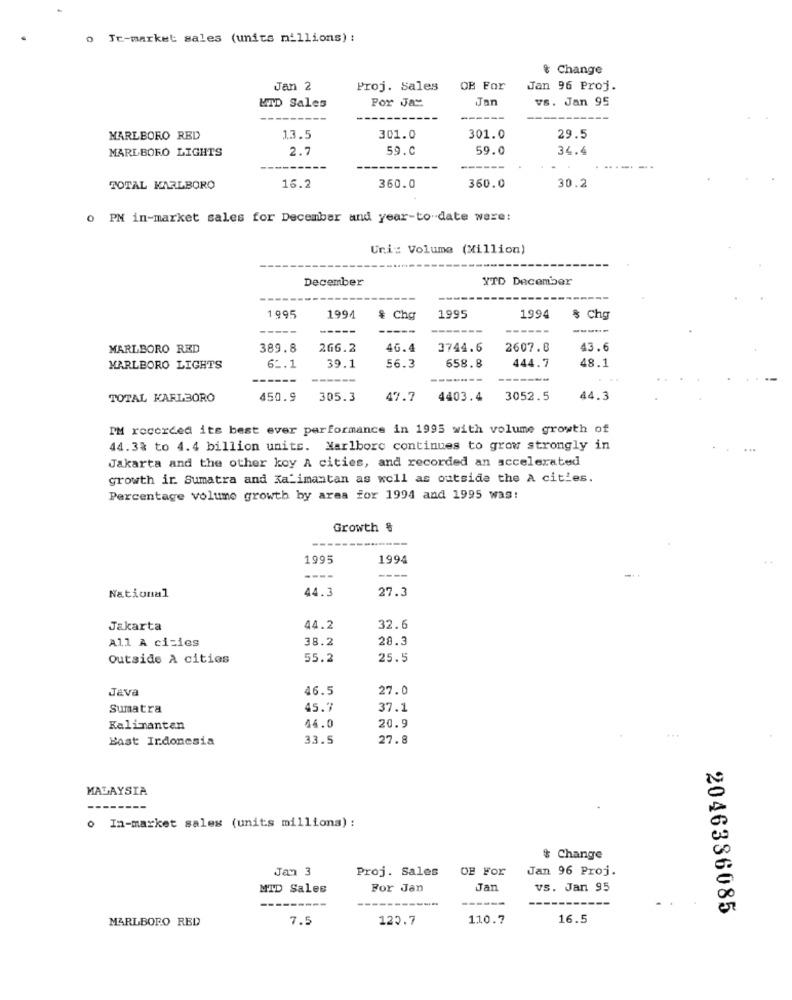
0
Je-market sales (units millions) :
& Change
Jan 2
Proj. Sales
OB For
Jan 96 Proj.
Jan
vs. Jan 95
MID Sales
Por Jar
----
MARLBORO RED
13.5
301.0
301.0
29.5
MARLBORO LIGHTS
2.7
59.C
59.0
34.4
.....
360.0
30.2
TOTAL KARLBORO
16.2
360.0
0 PM in-market sales for December and year-to-date were:
Uni: Volume (Million)
December
YTD December
1995
1994
& Chg
1995
1994
$ chg
MARLBORO RED
389.8
266.2
46.4
3744.6
2607.8
43.6
56.3
658.8
444.7
48.1
MARLBORO LIGHTS
62.1
39.1
TOTAL KARL3ORO
450.9
305.3
47.7
4403.4
3052.5
44.3
IM recorded its best ever performance in 1995 with volume growth of
44.33 to 4.4 billion units. Marlboro continues to grow strongly in
Jakarta and the other koy A cities, and recorded an accelerated
growth ir. Sumatra and Kalimantan as well as outside the A cities.
Percentage volume growth by area for 1994 and 1995 was:
Growth &
1995
1994
----
----
44.3
27.3
National
Jakarta
44.2
32.6
All A cizies
38.2
28.3
Outside À cities
55.2
25.5
Java
46.5
27.0
Sumatra
45.7
37.1
20.9
Kalimantan
44.0
Bast Indonesia
33.5
27.8
...
MALAYSIA
o In-market sales (units milliona) :
Change
Jan 3
Proj. Sales
OB For
Jan 96 Proj.
MID Sales
For Jan
Jan
VS. Jan 95
-----
2046386085
MARLBORO RED
7.5
120.7
110.7
16.5